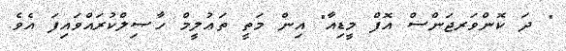
" ދަ ކޮންވަރޖަންސް އޮފް މީޑިއާ" އިން މަތީ ތަޢުލީމް ހާޞިލްކުރައްވައިފަ އެވެ.